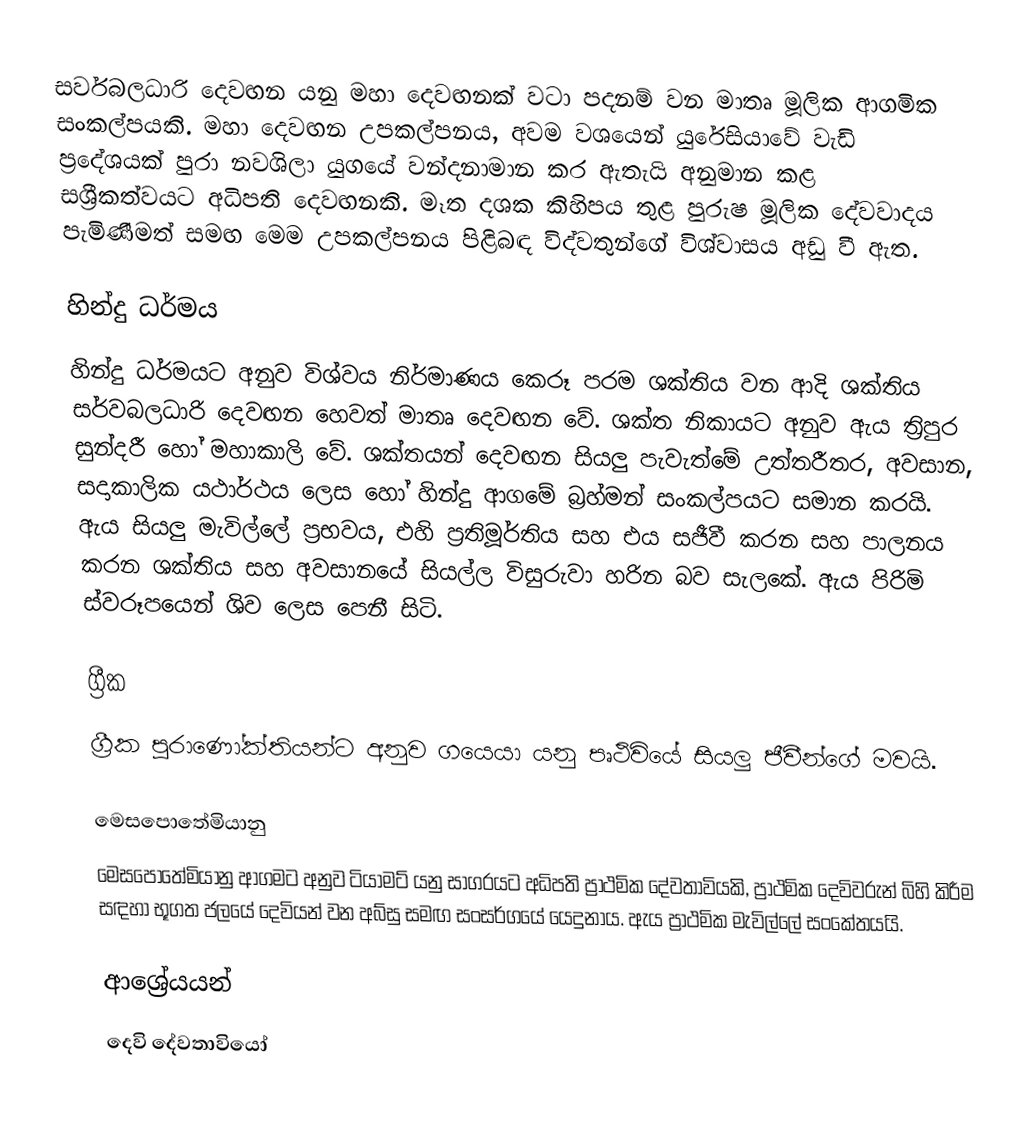
සර්වබලධාරි දෙවඟන යනු මහා දෙවඟනක් වටා පදනම් වන මාතෘ මූලික ආගමික සංකල්පයකි. මහා දෙවඟන උපකල්පනය, අවම වශයෙන් යුරේසියාවේ වැඩි ප්‍රදේශයක් පුරා නවශිලා යුගයේ වන්දනාමාන කර ඇතැයි අනුමාන කළ සශ්‍රීකත්වයට අධිපති දෙවඟනකි. මෑත දශක කිහිපය තුළ පුරුෂ මූලික දේවවාදය පැමිණීමත් සමඟ මෙම උපකල්පනය පිළිබඳ විද්වතුන්ගේ විශ්වාසය අඩු වී ඇත.

හින්දු ධර්මය
හින්දු ධර්මයට අනුව විශ්වය නිර්මාණය කෙරූ පරම ශක්තිය වන ආදි ශක්තිය සර්වබලධාරි දෙවඟන හෙවත් මාතෘ දෙවඟන වේ. ශක්ත නිකායට අනුව ඇය ත්‍රිපුර සුන්දරී හෝ මහාකාලි වේ. ශක්තයන් දෙවඟන සියලු පැවැත්මේ උත්තරීතර, අවසාන, සදාකාලික යථාර්ථය ලෙස හෝ හින්දු ආගමේ බ්‍රහ්මන් සංකල්පයට සමාන කරයි. ඇය සියලු මැවිල්ලේ ප්‍රභවය, එහි ප්‍රතිමූර්තිය සහ එය සජීවී කරන සහ පාලනය කරන ශක්තිය සහ අවසානයේ සියල්ල විසුරුවා හරින බව සැලකේ. ඇය පිරිමි ස්වරූපයෙන් ශිව ලෙස පෙනී සිටි.

ග්‍රීක
ග්‍රීක පුරාණෝක්තියන්ට අනුව ගයෙයා යනු පෘථිවියේ සියලු ජීවීන්ගේ මවයි.

මෙසපොතේමියානු
මෙසපොතේමියානු ආගමට අනුව ටියාමට් යනු සාගරයට අධිපති ප්‍රාථමික දේවතාවියකි, ප්‍රාථමික දෙවිවරුන් බිහි කිරීම සඳහා භූගත ජලයේ දෙවියන් වන අබ්සු සමඟ සංසර්ගයේ යෙදුනාය. ඇය ප්‍රාථමික මැවිල්ලේ සංකේතයයි.

ආශ්‍රේයයන්
දෙවි දේවතාවියෝ